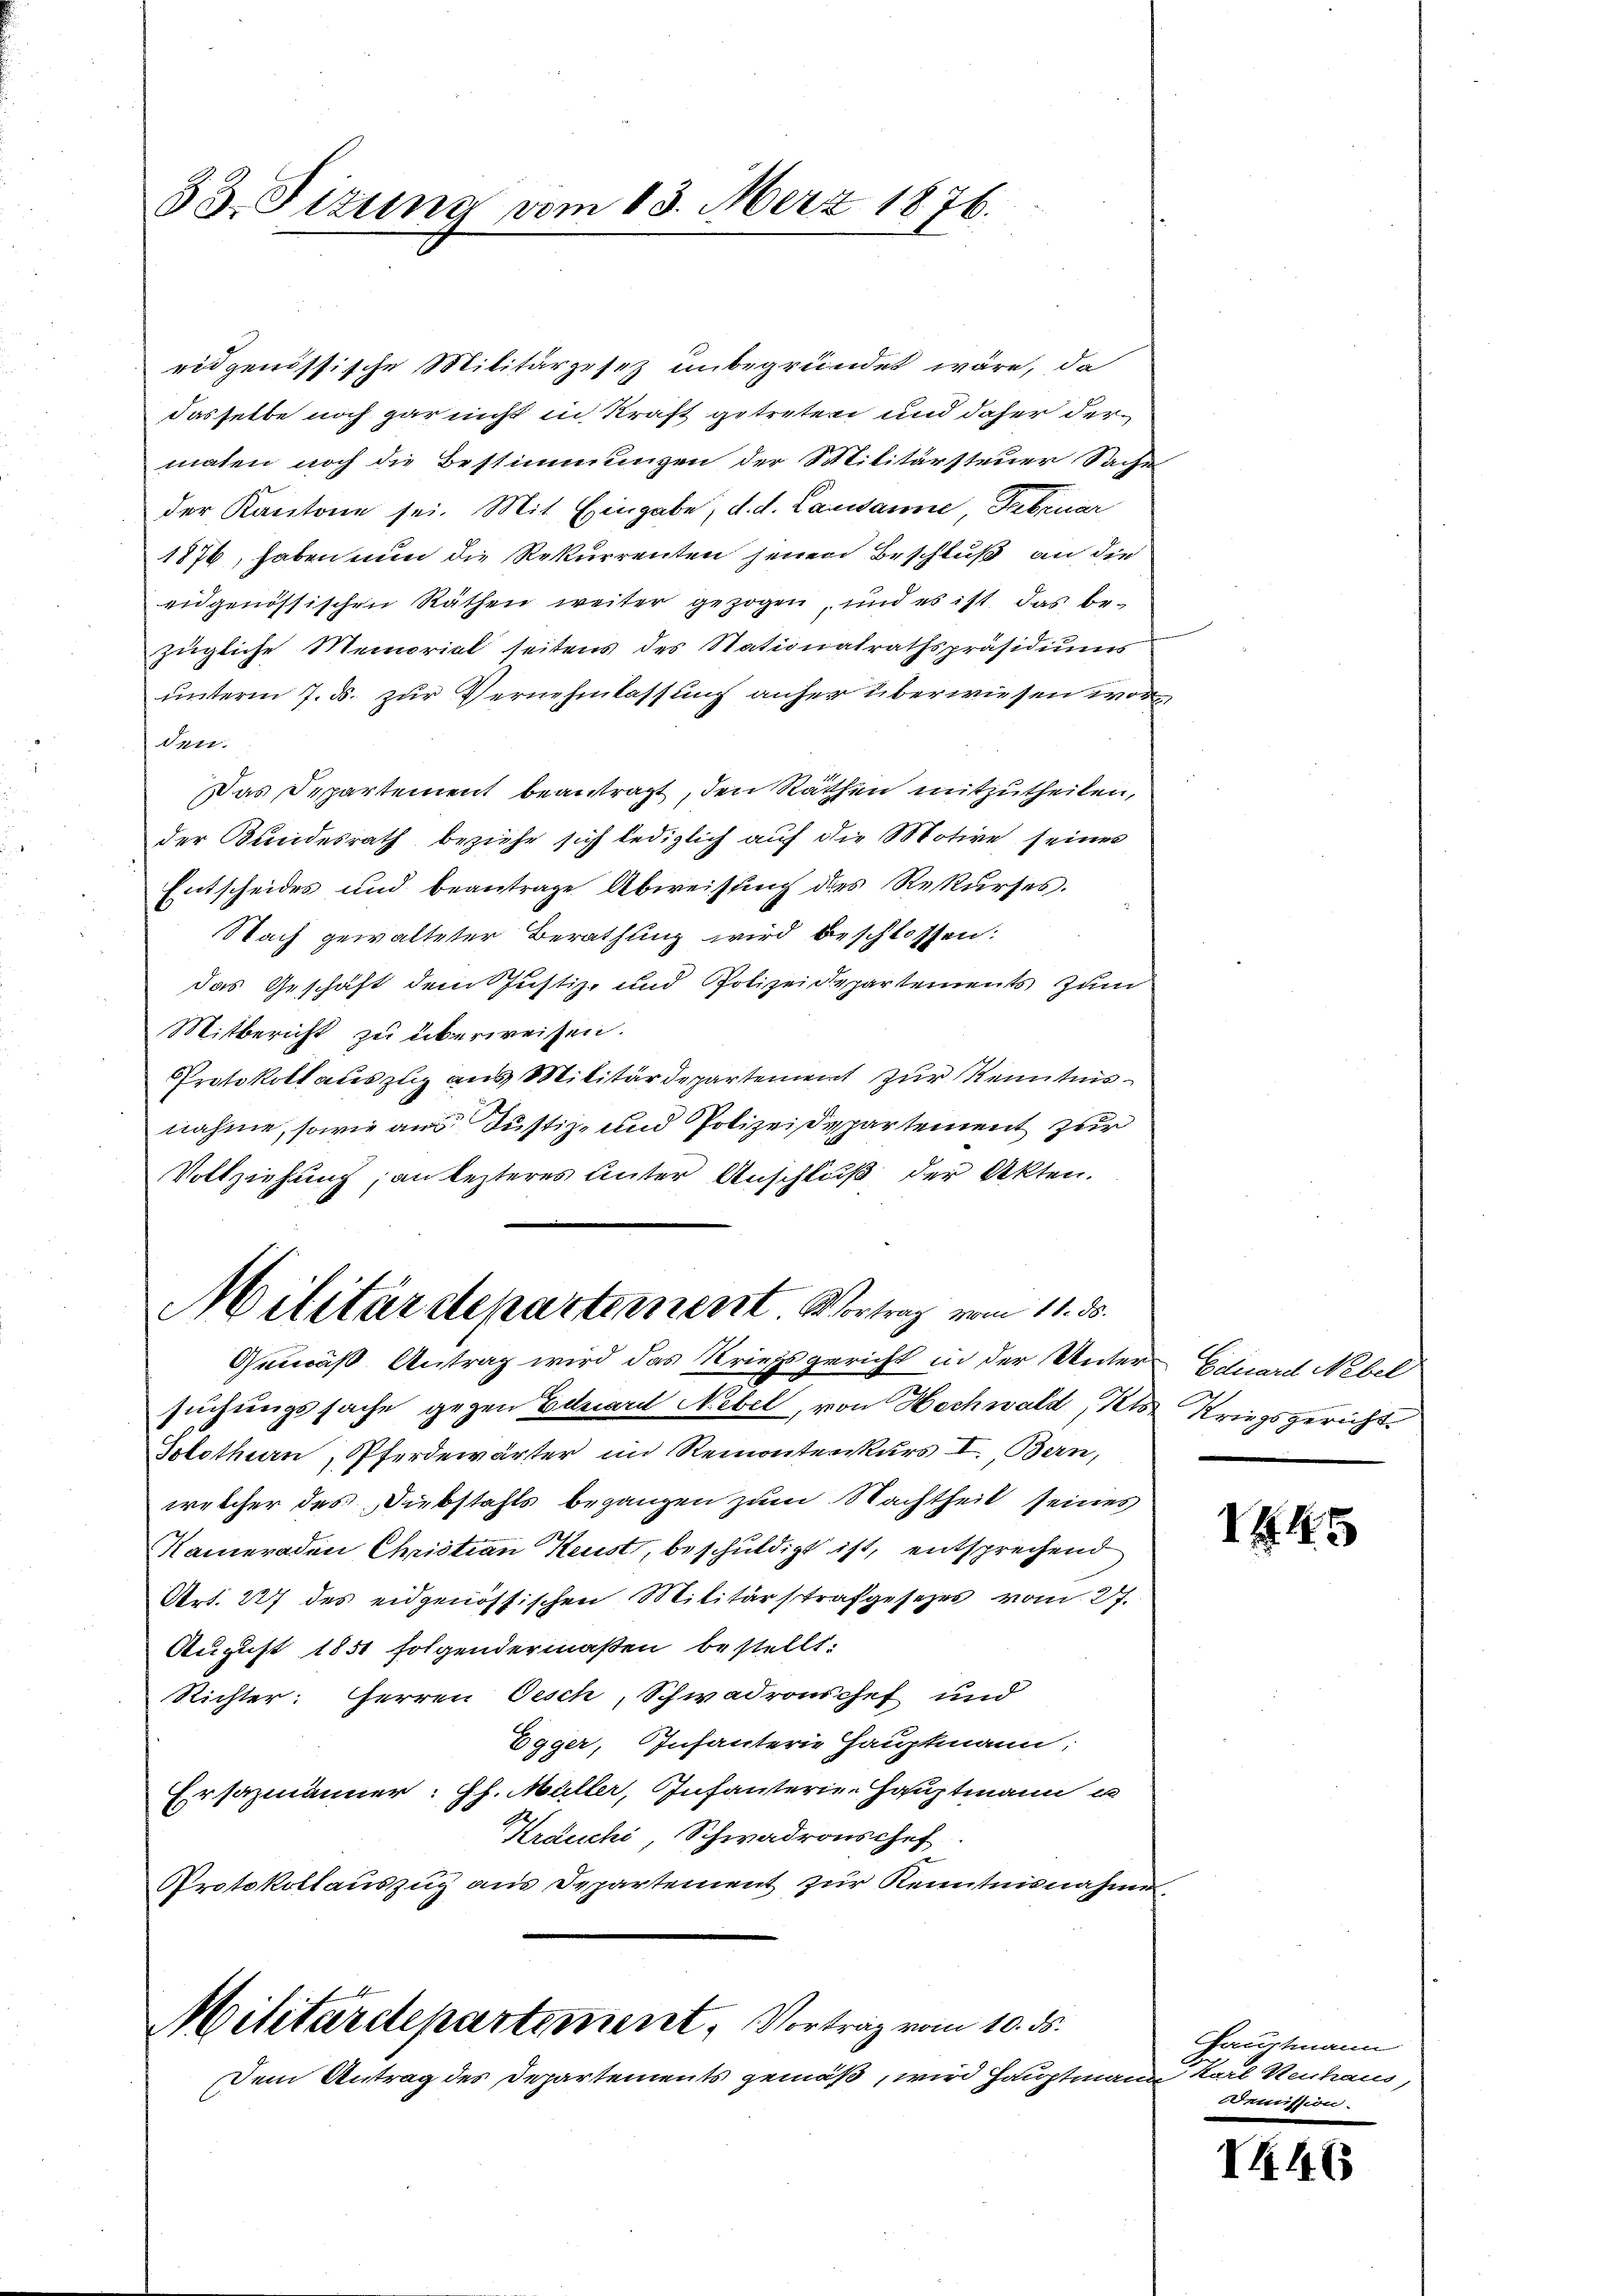
33. Fizung vom 13. März 1876.

ridgenössische Militärgesez unbegründet wäre, da
dasselbe noch gar nicht in Kraft getreten und daher der
maten noch die Bestimmungen der Stilitärsteuer Sache
der Kantone sei. Mit Eingabe, d. d. Lausanne, Februar
1876, haben nun die Rekurrenten jenen Beschluß an die
eidgenössischen Räthen weiter gezogen, und es ist das be-
zügliche Memorial seitens des Stationalrathspräsidiums
unterm 7. ds. zur Vernehmlassung anher überwiesen wor
den.
Das Departement beantragt, den Räthen mitzutheilen,
der Kundesrath beziehe sich lediglich auf die Motive seines
Entscheides und beantrage Abweisung des Rekurses.
Nach gewalteter Berathung wird beschlossen:
das Geschäft dem Justiz- und Polizeidepartements zum
Mitbericht zu überweisen.
Protokoll auszug aus Militärdepartement zur Kenntnis
nahme, sowie aus Justiz- und Polizeidepartement zur
Vollziehung an lezteres Unter Anschluß der Akten.
Militärdepartement Vortrag vom 11. ds.
Gemäß Antrag wird das Kriegsgericht in der Unter Eduard Nebel
suchungssache gegen Eduard Nebel, von Hochwald, Kts. Kriegsgericht
Splothurn , Pferdewärter im Remontenkurs I. Bern,
welcher des Diebstahls begangen zum Nachtheil seines
Kameraden Christian Keust, beschuldigt ist, entsprechend
Art. 227 des eidgenössischen Militärstrafgesezes vom 27.
August 1851 folgendermaßen bestellt:
Richter: Herren Oesch, Schwadronschef und
Egger, Infanterie Hauptmann
Ersazmänner: Pf. Müller, Infanterie-Hauptmann u.
Kräuchi, Schwadronschef
Protokollauszug aus Departement zur Kenntnisnahme.

Militärdepartement, Vortrag vom 10. ds.

Dem Antrag des Departements gemäß, wir Hauptmann Karl Kuchaus,

1445

Hauptmann
Commission.

TRAG